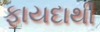
ફાયદાથી